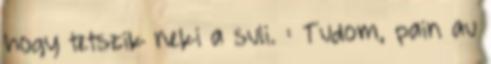
hogy tetszik neki a suli. : Tudom, pain au